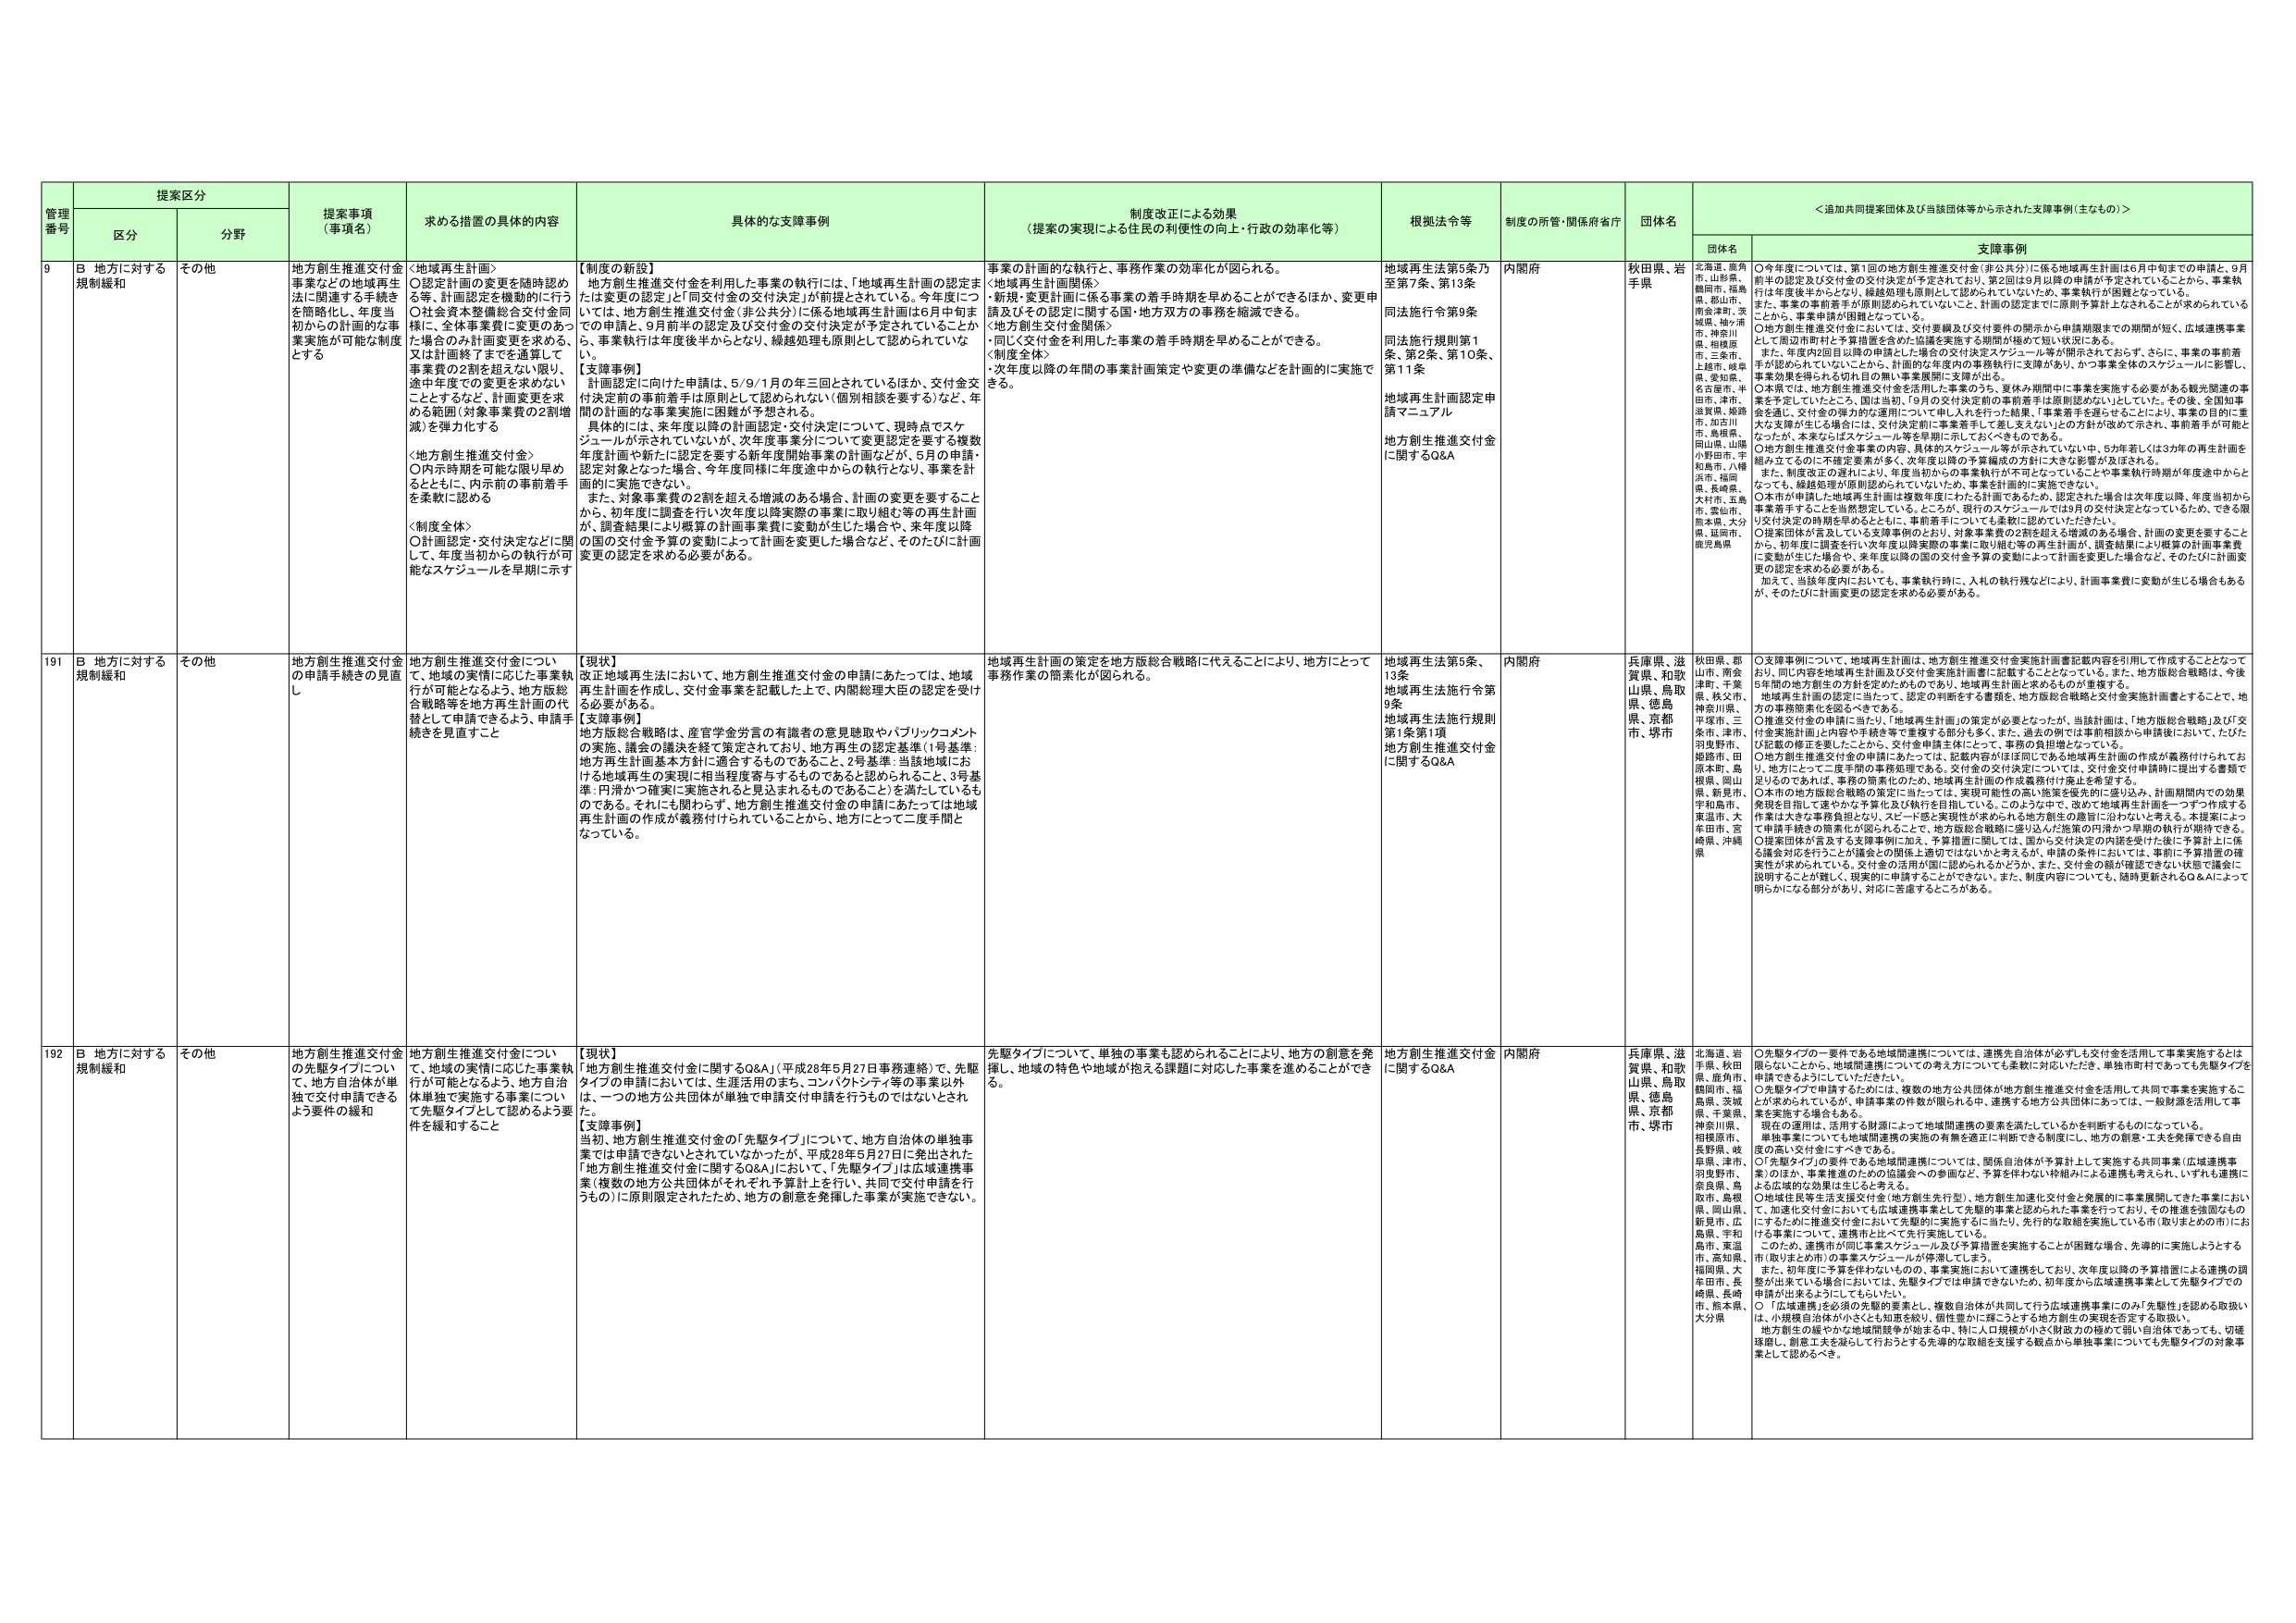
管理番号 提案区分 提案事項（事項名） 求める措置の具体的内容 具体的な支援事例 制度改正による効果（提案の実現による住民の利便性の向上・行政の効率化等） 根拠法令等 制度の所管・関係府省庁 団体名 ＜追加共同提案団体及び当該団体等から示された支援事例（主なもの）＞
区分 分野 団体名 支援事例
9 B 地方に対する規制緩和 その他 地方創生推進交付金事業などの地域再生法を開始する手続を簡略化し、年度当初からの計画的な事業実施が可能な制度とする 〈地域再生計画〉 ○認定計画の変更を随時認めること、計画認定を機動的に行う ○付金資本整備総合交付金同様に、全体事業費に変更のある場合のみ計画変更を求める、又は計画終了までを通算して事業費の2割を超えない限り、途中年度での変更を求めないこととするなど、計画変更を求める範囲（対象事業費の2割増減）を弾力化する 〈地方創生推進交付金〉 ○内示時期を可能な限り早めるとともに、内示前の事前着手を柔軟に認める 〈制度全体〉 ○計画認定・交付決定などに関して、年度当初からの執行が可能なスケジュールを早期に示す 【制度の新設】 地方創生推進交付金を利用した事業の執行には、「地域再生計画の認定または変更の認定」と「同交付金の交付決定」が前提とされている。今年度については、地方創生推進交付金（非公共分）に係る地域再生計画は6月中旬までの申請と、9月前半の認定及び交付金の交付決定が予定されていることから、事業執行は年度後半からとなり、繰越処理も原則として認められていない。 【支援事例】 計画認定に向けた申請は、5/9/1月の年三回とされているほか、交付金交付決定前の事前着手は原則として認められない（個別相談を要する）など、年間の計画的な事業実施に困難が予想される。 具体的には、来年度以降の計画認定・交付決定について、現時点でスケジュールが示されていないが、次年度事業分について変更認定を要する複数年度計画や新たに認定を要する新年度開始事業の計画などが、5月の申請・認定対象となった場合、今年度同様に年度途中からの執行となり、事業を計画的に実施できない。 また、対象事業費の2割を超える増減のある場合、計画の変更を要することから、初年度に調査を行い次年度以降実際の事業に取り組む等の再生計画が、調査結果により概算の計画事業費に変動が生じた場合や、来年度以降国の交付金予算の変動によって計画を変更した場合など、そのたびに計画変更の認定を求める必要がある。 事業の計画的な執行と、事務作業の効率化が図られる。 〈地域再生計画関係〉 ・新規・変更計画に係る事業の着手時期を早めることができるほか、変更申請及びその認定に関する国・地方双方の事務を縮減できる。 〈地方創生交付金関係〉 ・同じく交付金を利用した事業の着手時期を早めることができる。 ・制度全体 ・次年度以降の年間の事業計画策定や変更の準備などを計画的に実施できる。 地域再生法第5条乃至第7条、第13条 同法施行令第9条 同法施行規則第1条、第2条、第10条、第11条 地域再生計画認定申請マニュアル 地方創生推進交付金に関するQ&A 内閣府 秋田県、岩手県 北海道、福島県、山形県、鶴岡市、福島県、郡山市、南会津町、宮城県、鶴ヶ島市、神奈川県、相模原市、三重県、上尾市、岐阜県、愛知県、名古屋市、丰田市、津市、滋賀県、姫路市、加古川市、鳥取県、岡山県、山陽小野田市、宇和島市、八幡浜市、福岡県、長崎県、大村市、五島市、雲仙市、熊本県、大分県、延岡市、鹿児島県 ○今年度については、第1回の地方創生推進交付金（非公共分）に係る地域再生計画は6月中旬までの申請と、9月前半の認定及び交付金の交付決定が予定されており、第2回は9月以降の申請が予定されていることから、事業執行は年度後半からとなり、繰越処理も原則として認められていないため、事業執行が困難となっている。 また、事業の事前着手が原則認められていないこと、計画の認定までに原則予算計上されることが求められていることから、事業申請が困難となっている。 ○地方創生推進交付金においては、交付要綱及び交付要件の開示から申請期限までの中間期間が短く、広域連携事業として周辺市町村と予算措置を含めた協議を実施する期間が極めて短い状況にある。 また、年度中2回目以降の申請とした場合の交付決定スケジュール等が開示されておらず、さらに、事業の事前着手が認められていないことから、計画的な年度内の事務執行に支障があり、かつ事業全体のスケジュールに影響し、事業効果を損なうおそれの無い事業展開に支障が出る。 ○本県では、地方創生推進交付金を活用した事業のうち、夏休み期間中に事業を実施する必要がある観光関連の事業を予定していたところ、国は当初、19月の交付決定前の事前着手は原則認めないとしていた。その後、全国知事会を通じ、交付金の弾力的な運用について申し入れを行った結果、「事業着手を遅らせることがにより、事業の目的に重大な支障が生じる場合は、交付決定前に事業着手して差し支えない」との方針が改めて示され、事前着手が可能となったが、本来ならばスケジュール等を早期に示しておくべきものである。 ○地方創生推進交付金事業の内容、具体的スケジュール等が示されていない中、5か年若しくは3か年の再生計画を組み立てての的に不確定要素が多く、次年度以降の予算編成の方針に大きな影響が及ぼされる。 また、制度改正の遅れにより、年度当初からの事業執行が不可能となっていることや事業執行時期が年度途中からとなってしまう、繰越処理が原則認められていないため、事業を計画的に実施できない。 ○本市が申請した地域再生計画は複数年度にわたる計画であるため、認定された場合は次年度以降、年度当初から事業着手することを当然想定している。ところが、現行のスケジュールでは9月の交付決定となっているため、できる限り交付決定の時期を早めるとともに、事前着手についても柔軟に認めていただきたい。 ○提案団体が言及している支援事例のとおり、対象事業費の2割を超える増減のある場合、計画の変更を要することから、初年度に調査を行い次年度以降実際の事業に取り組む等の再生計画が、調査結果により概算の計画事業費に変動が生じた場合や、来年度以降の国の交付金予算の変動によって計画を変更した場合など、そのたびに計画変更の認定を求める必要がある。 加えて、当該年度内においても、事業執行時に、入札の執行残などにより、計画事業費に変動が生じる場合もあるが、そのたびに計画変更の認定を求める必要がある。
191 B 地方に対する規制緩和 その他 地方創生推進交付金の申請手続きの見直し 地方創生推進交付金について、地域の実情に応じた事業執行が可能となるよう、地方版総合戦略等を地方再生計画の代替として申請できるよう、申請手続を見直すこと 【現状】 改正地域再生法において、地方創生推進交付金の申請にあたっては、地域再生計画を作成し、交付金事業を記載した上で、内閣総理大臣の認定を受ける必要がある。 【支援事例】 地方版総合戦略は、産官学金労言の有識者の意見聴取やパブリックコメントの実施、議会の議決を経て策定されており、地方再生の認定基準（1号基準：地方再生計画基本方針に適合するものであること、2号基準：当該地域における地域再生の実現に相当程度寄与するものであると認められること、3号基準：円滑かつ確実に実施されると見込まれるものであること）を満たしているものである。それにも関わらず、地方創生推進交付金の申請にあたっては地域再生計画の作成が義務付けられていることから、地方にとって二度手間となっている。 地域再生計画の策定を地方版総合戦略に代えることにより、地方にとって事務作業の簡素化が図られる。 地域再生法第5条、13条 地域再生法施行令第9条 地域再生法施行規則第1条第1項 地方創生推進交付金に関するQ&A 内閣府 兵庫県、滋賀県、和歌山県、鳥取県、徳島県、京都府、堺市 秋田県、郡山市、南会津町、千葉県、秩父市、神奈川県、平塚市、三森市、津市、羽曳野市、姫路市、田原本町、島根県、岡山県、新見市、宇和島市、東温市、大牟田市、宮崎県、沖縄県 ○支援事例について、地域再生計画は、地方創生推進交付金実施計画書記載内容を引用して作成することとなっており、同じ内容を地域再生計画及び交付金実施計画書に記載することとなっている。また、地方版総合戦略は、今後5年間の地方創生の方針を定めたものであり、地域再生計画と求めるものが重複する。 地域再生計画の設定に当たって、認定の申請をする書類を、地方版総合戦略と交付金実施計画書とすることで、地方の事務簡素化を図るべきである。 ○推進交付金の申請に当たり、「地域再生計画」の策定が必要となったが、当該計画は、「地方版総合戦略」及び「交付金実施計画」上内容や手続等で重複する部分も多く、また、過去の例では事前相談から申請後において、たびたび記載の修正を要したところから、交付金申請主体にとって、事務の負担増となっている。 ○地方創生推進交付金の申請にあたっては、記載内容がほぼ同じである地域再生計画の作成が義務付けられており、地方にとって二度手間の事務処理である。交付金の交付決定については、交付金交付申請時に提出する書類で足りるのであれば、事務の簡素化のため、地域再生計画の作成義務付け廃止を希望する。 ○本市の地方版総合戦略の策定に当たっては、実現可能性の高い施策を優先的に盛り込み、計画期間内の効果発現を目指して速やかな予算化及び執行を目指している。このような中で、改めて地域再生計画を一つずつ作成する作業は大きな事務負担となり、スピード感と実現性が求められる地方創生の趣旨に沿わないと考える。本提案によって申請手続きの簡素化が図られるので、地方版総合戦略に盛り込んだ施策の円滑かつ早期の執行が期待できる。 ○提案団体が言及する支援事例に加え、予算措置に際しては、国から交付決定の内諾を受けた後に予算計上に係る議会対応を行うことが議会との関係上適切ではないと考えるが、申請の条件においては、事前に予算措置の確実性が求められている。交付金の活用が国に認められかどうか、また、交付金の額が確認できない状態で議会に説明することが難しい、現実的に申請することができない。また、制度内容についても、随時更新されるQ&Aによって明らかになる部分があり、対応に苦慮することがある。
192 B 地方に対する規制緩和 その他 地方創生推進交付金の先駆タイプについて、地方自治体が単独で交付申請できるよう要件の緩和 地方創生推進交付金について、地域の実情に応じた事業執行が可能となるよう、地方自治体単独で実施する事業について先駆タイプとして認めるよう要件を緩和すること 【現状】 「地方創生推進交付金に関するQ&A」（平成28年5月27日事務連絡）で、先駆タイプの申請においては、生涯活用のまち、コンパクトシティ等の事業以外、一つの地方公共団体が単独で申請交付申請を行うものではないとされる。 【支援事例】 当初、地方創生推進交付金の「先駆タイプ」について、地方自治体の単独事業では申請できないとされていたが、平成28年5月27日に発出された「地方創生推進交付金に関するQ&A」において、「先駆タイプ」は広域連携事業（複数の地方公共団体がそれぞれ予算計上を行い、共同で交付申請を行うもの）に原則限定されたため、地方の創意を発揮した事業が実施できない。 先駆タイプについて、単独の事業も認められることにより、地方の創意を発揮し、地域の特色や地域が抱える課題に対応した事業を進めることができる。 地方創生推進交付金に関するQ&A 内閣府 兵庫県、滋賀県、和歌山県、鳥取県、徳島県、京都府、堺市 北海道、岩手県、秋田県、富寿市、鶴岡市、福島県、茨城県、千葉県、神奈川県、相模原市、長野県、岐阜県、津市、羽曳野市、奈良県、鳥取市、島根県、岡山県、新見市、広島県、宇和島市、東温市、高知県、福岡県、大牟田市、長崎県、長崎市、熊本県、大分県 ○先駆タイプの一要件である地域間連携については、連携先自治体が必ずしも交付金を活用して事業実施するとは限らないことから、地域間連携についての考え方についても柔軟に対応いただき、単独市町村であっても先駆タイプを申請できるようにしていただきたい。 ○先駆タイプ申請するためには、複数の地方公共団体が地方創生推進交付金を活用して共同で事業を実施することが求められているが、申請事業の件数が限られる中、連携する地方公共団体にあっては、一般財源を活用して事業を実施する場合もある。 現在の運用は、活用する財源によって地域間連携の要素を満たしているかを判断するものになっている。 単独事業についても地域間連携の実施の有無を適正に判断できる制度にし、地方の創意・工夫を発揮できる自由度の高い交付金にすべきである。 ○「先駆タイプ」の要件である地域間連携については、関係自治体が予算計上で実施する共同事業（広域連携事業）のほか、事業推進のための協議会への参画など、予算を伴わない枠組みによる連携も考えられ、いずれも連携による広域的な効果は生じると考える。 ○地域性見直し支援交付金（地方創生先行型）、地方創生加速化交付金と発展的に事業展開してきた事業において、加速化交付金においては広域連携事業として先駆的事業と認められた事業を行っており、その推進を強固なものにするために推進交付金において先駆的に実施するに当たり、先行的な取組を実施している市（県）まとめの市）における事業について、連携もとめて先行実施している。 このため、連携市が同じ事業スケジュール及び予算措置を実施することが困難な場合、先導的に実施しようとする市（取りまとめ市）の事業スケジュールが停滞してしまう。 また、初年度に予算を伴わないものでの、事業実態において連携をしており、次年度以降の予算措置による連携の調整が出来ている場合には、先駆タイプでは申請できないため、初年度から広域連携事業として先駆タイプでの申請が出来るようにしてもらいたい。 ○ 「広域連携」を必須の先駆的要素とし、複数自治体が共同して行う広域連携事業にのみ「先駆性」を認める取扱いは、小規模自治体が小さくとも知恵を絞り、個性豊かに輝こうとする地方創生の実現を否定する取扱い。 地方創生の緩やかな地域間競争が始まる中、特に人口規模が小さく財政力の極めて弱い自治体であっても、切磋琢磨し、創意工夫を凝らして行おうとする先導的な取組を支援する観点から単独事業についても先駆タイプの対象事業として認めるべき。